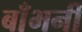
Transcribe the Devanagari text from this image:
बाँभनी